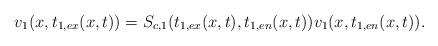
LaTeX: \begin{align*} v_1(x,t_{1,ex}(x,t)) =S_{c,1}(t_{1,ex}(x,t),t_{1,en}(x,t))v_1(x,t_{1,en}(x,t)). \end{align*}